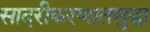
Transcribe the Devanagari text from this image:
सादरीकरणातसुद्धा